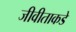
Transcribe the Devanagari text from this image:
जीवीताकडे